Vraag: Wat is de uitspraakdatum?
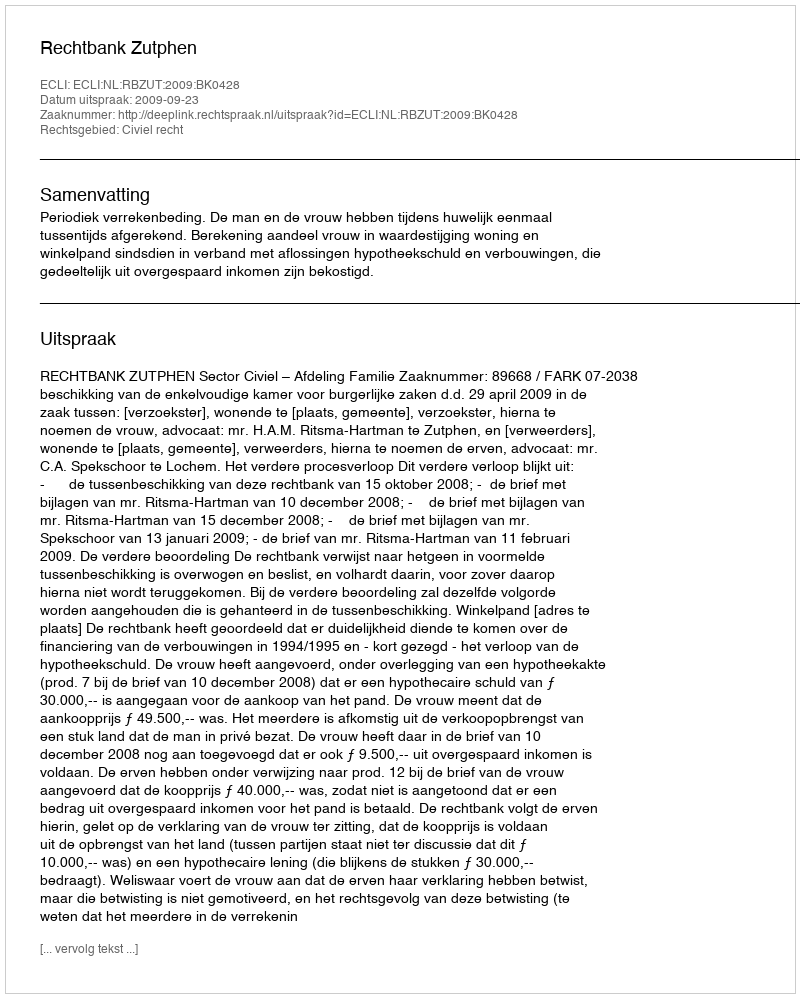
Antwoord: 2009-09-23